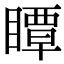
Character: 瞫